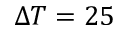
\Delta T = 2 5